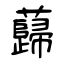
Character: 蘬